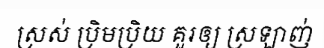
ស្រស់ ប្រិមប្រិយ គួរឲ្យ ស្រឡាញ់